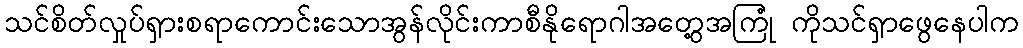
သင်စိတ်လှုပ်ရှားစရာကောင်းသောအွန်လိုင်းကာစီနိုရောဂါအတွေ့အကြုံ ကိုသင်ရှာဖွေနေပါက